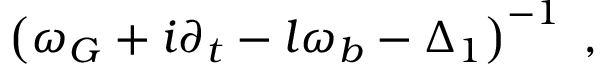
\left( \omega _ { G } + i \partial _ { t } - l \omega _ { b } - \Delta _ { 1 } \right) ^ { - 1 } \; ,